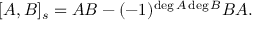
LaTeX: [ A , B ] _ { s } = A B - ( - 1 ) ^ { \deg A \deg B } B A .